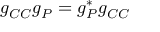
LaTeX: g _ { C C } g _ { P } = g _ { P } ^ { * } g _ { C C }